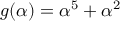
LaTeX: g ( \alpha ) = \alpha ^ { 5 } + \alpha ^ { 2 }